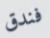
فندق